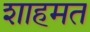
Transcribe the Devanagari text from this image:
शाहमत